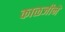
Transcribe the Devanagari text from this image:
काळजीने